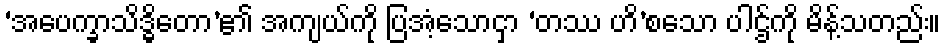
‘အပေက္ခာသိဒ္ဓိတော’၏ အကျယ်ကို ပြအံ့သောငှာ ‘တဿ ဟိ’စသော ပါဌ်ကို မိန့်သတည်း။